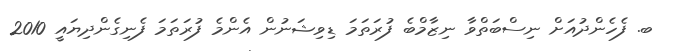
ބ. ފެހެންދުއަށް ނިސްބަތްވާ ނިޒާމްބެ ފުރަތަމަ ޑިވިޝަނުން އެންމެ ފުރަތަމަ ފެނިގެންދިޔައީ 2010